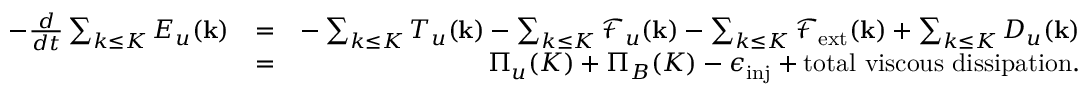
\begin{array} { r l r } { - \frac { d } { d t } \sum _ { k \le K } E _ { u } ( { \bf k } ) } & { = } & { - \sum _ { k \le K } T _ { u } ( { \bf k } ) - \sum _ { k \le K } \mathcal { F } _ { u } ( { \bf k } ) - \sum _ { k \le K } \mathcal { F } _ { \mathrm { e x t } } ( { \bf k } ) + \sum _ { k \le K } D _ { u } ( { \bf k } ) } \\ & { = } & { \Pi _ { u } ( K ) + \Pi _ { B } ( K ) - \epsilon _ { \mathrm { i n j } } + \mathrm { t o t a l ~ v i s c o u s ~ d i s s i p a t i o n } . } \end{array}